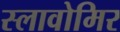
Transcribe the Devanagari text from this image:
स्लावोमिर